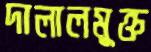
দালালমুক্ত